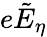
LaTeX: e{\tilde{E}}_{\eta}